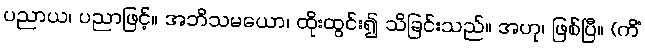
ပညာယ၊ ပညာဖြင့်။ အဘိသမယော၊ ထိုးထွင်း၍ သိခြင်းသည်။ အဟု၊ ဖြစ်ပြီ။ (ကိံ